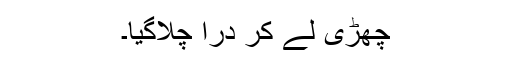
چھڑی لے کر دراؔ چلاگیا۔